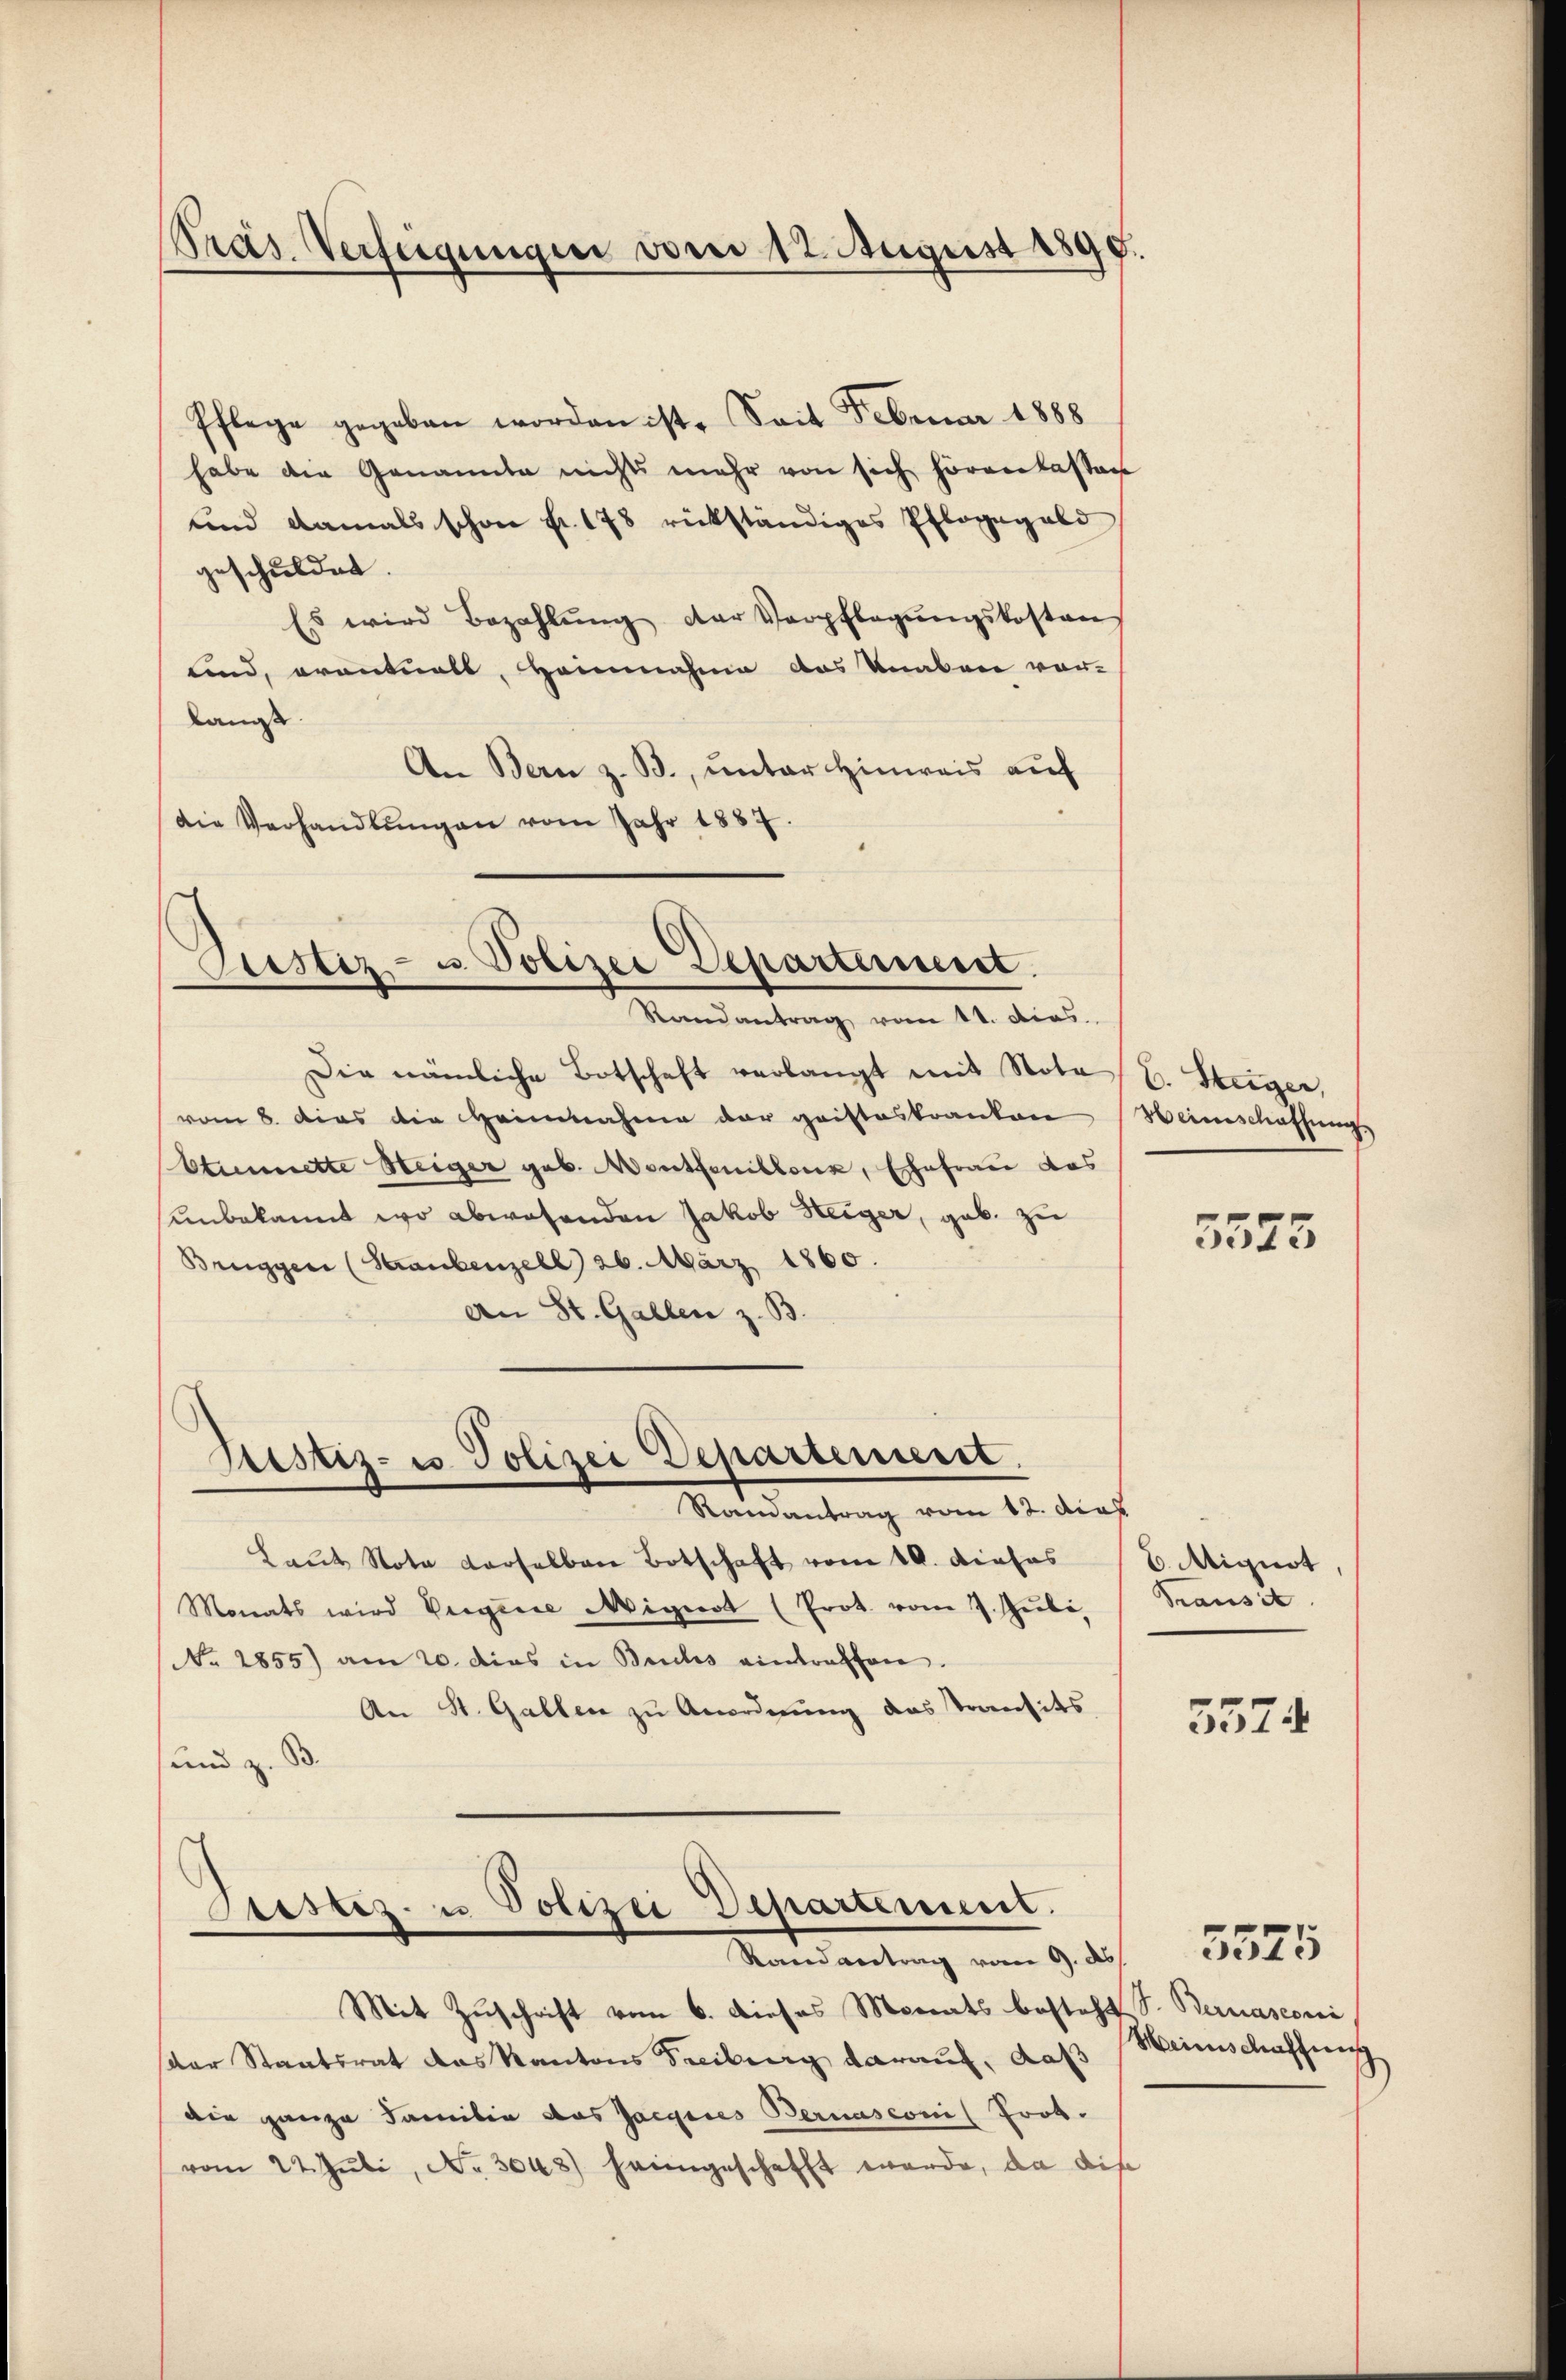
Präs. Verfügungen vom 12. August 1890.

Pflege gegeben worden ist. Seit Februar 1888
habe die Genannte nichts mehr von sich hörenkassen
und damals schon fr. 178 rückständiges Pflögegold
geschuldet.
Es wird bezahlŭng der Verpflegŭngskostens
lind, erantuals, Heinnahme das Knaben vor-
langt.
A. Bern z. B., unter Hinweis auf
die Verhandlŭngen vom Jahr 1887.

Justiz- u. Polizei Departement.
Randantrag vom 11. dies

Bestiz- u. Polizei Departement

Die nämliche Botschaft verlangt mit Note / B. Steiger,
vom 6. dies die Heinnahme der geisteskranken
Etumette Steiger geb. Wentfenillenz, Ehefrau das
unbekannt wo abwesenden Jakob Weiger, geb. zu
Brüggen (Straubenzell 26. März 1860.
An St. Gallen z. B.

Lister- u Polizei Departement.
Randantrag vom 9. ds.
Mit Zuschrift vom 6. Dieses Monats besteht S. Bernasconi,

Mandantung vom 12. dies
Laŭt Nota derselben Botschaft vom 10. Dieses
Monats wird Vergene Mignot (Prot. vom 7. Juli,
No. 2855) am 20. dies in Buchs eintreffen.
An St. Gallen zu Anordnung das Transits
und z. B.

der Staatsrat das Kantons Freiburg darauf, daß Weinschaffung
die ganze Familie das Jaegeres Bernasconi Prob.
vom 22. Juli, No. 3048) heimgeschafft werde, da dise

Weinschaffung

5545

6 Miguot
Transit

5574

5575